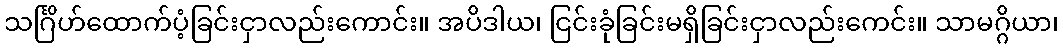
သင်္ဂြိဟ်ထောက်ပံ့ခြင်းငှာလည်းကောင်း။ အပိဒါယ၊ ငြင်းခုံခြင်းမရှိခြင်းငှာလည်းကေင်း။ သာမဂ္ဂိယာ၊